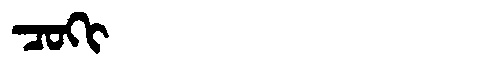
Manchu: ᠴᠣᡴᡳ
Romanization: COKI